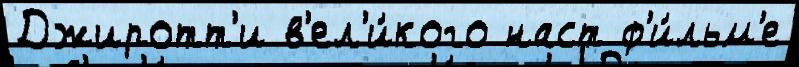
Джиротт'и в'ел'и́кого наст ф'и́льм'е